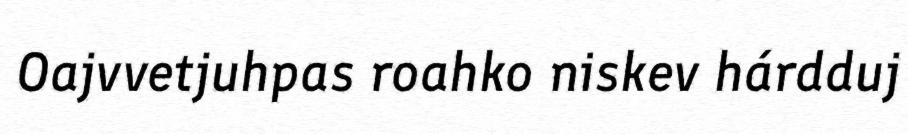
Oajvvetjuhpas roahko niskev hárdduj